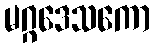
မဂ္ဂဒေသကော